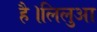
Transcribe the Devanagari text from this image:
है।लिलुआ